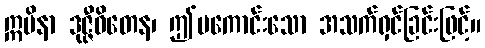
ဣမိနာ ဒုဇ္ဇီဝိတေန၊ ဤမကောင်းသော အသက်ရှင်ခြင်းဖြင့်။